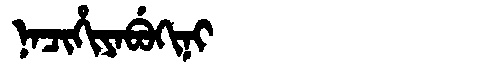
Manchu: ᠨᠠᠴᡳᡥᡳᠶᠠᠪᡠᡴᡳᠨᡳ
Romanization: NACIHIYABUKINI